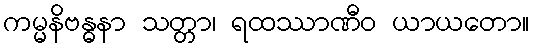
ကမ္မနိဗန္ဓနာ သတ္တာ၊ ရထဿာဏီဝ ယာယတော။